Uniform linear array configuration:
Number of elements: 24
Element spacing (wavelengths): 0.25
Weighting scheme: blackman
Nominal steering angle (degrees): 0
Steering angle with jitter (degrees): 0.5722
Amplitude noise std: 0.05
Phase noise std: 0.05

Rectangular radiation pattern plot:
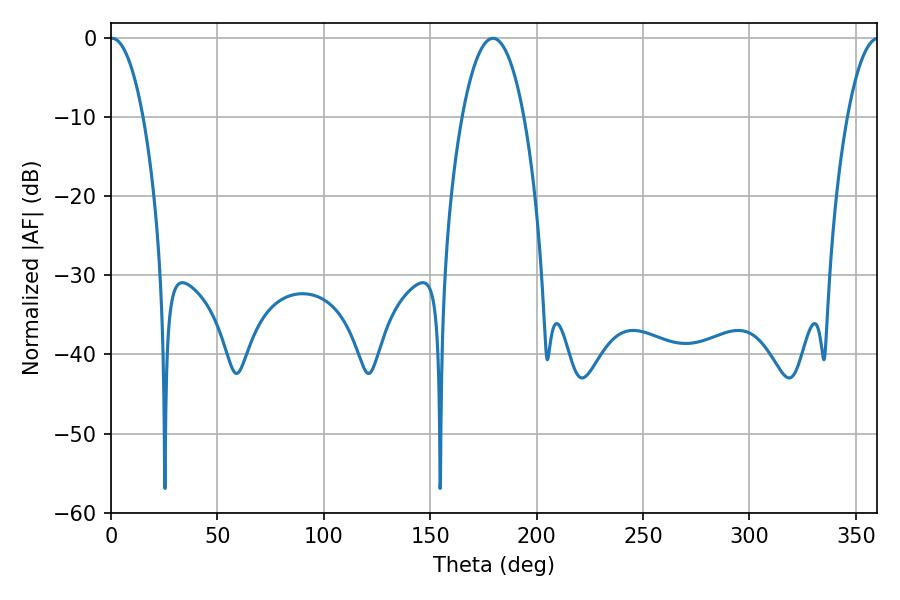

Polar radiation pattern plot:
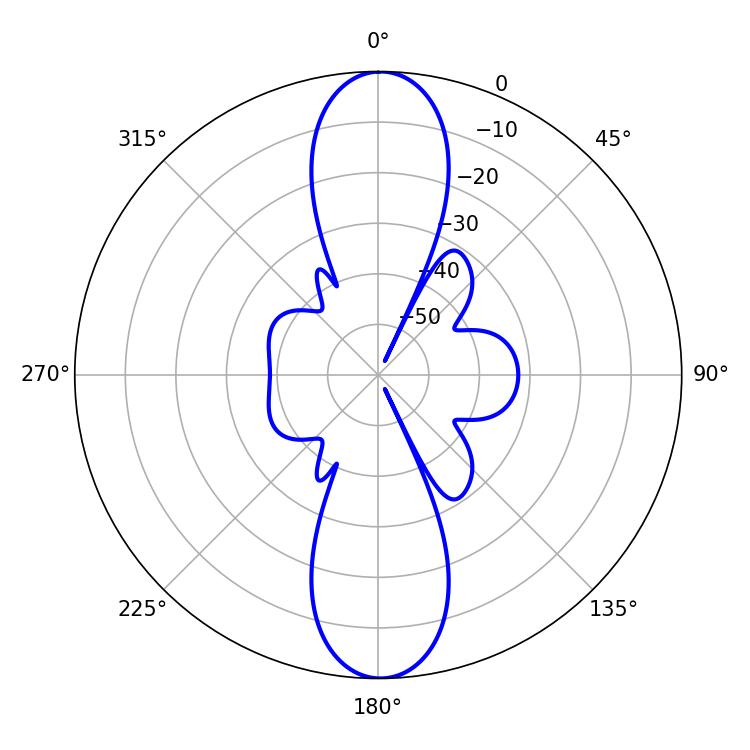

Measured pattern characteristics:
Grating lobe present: FALSE
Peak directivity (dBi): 25.423
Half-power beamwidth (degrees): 8.64
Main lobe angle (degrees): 0.54